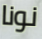
نونا